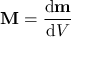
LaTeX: \mathbf { M } = { \frac { \mathrm { d } \mathbf { m } } { \mathrm { d } V } }